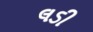
લડી